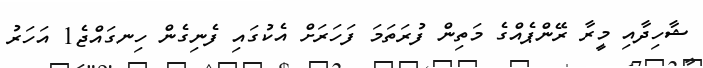
ޝާހިދާއި މީރާ ރޭންޕެއްގެ މަތިން ފުރަތަމަ ފަހަރަށް އެކުގައި ފެނިގެން ހިނގައްޖެ1 އަހަރު